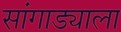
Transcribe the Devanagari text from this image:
सांगाड्याला